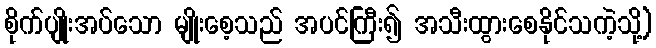
စိုက်ပျိုးအပ်သော မျိုးစေ့သည် အပင်ကြီး၍ အသီးထွားစေနိုင်သကဲ့သို့)